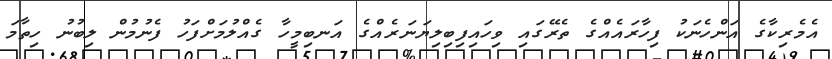
އެމެރިކާގެ އަންހެނަކު ފިހާރައެއްގެ ތެރޭގައި ވިހައިފިބިލިޔަނަރެއްގެ އަނބިމީހާ ގެއްލުމަށްފަހު ފެނުމުން ލިބުނު ހިތާމަ